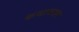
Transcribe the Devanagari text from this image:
कथावजा